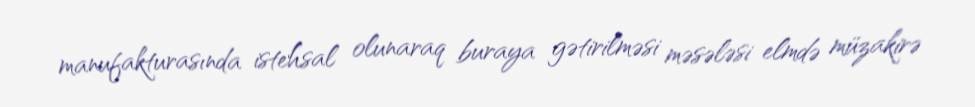
manufakturasında istehsal olunaraq buraya gətirilməsi məsələsi elmdə müzakirə